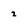
Character: 2